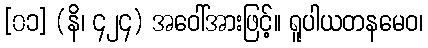
[၀၁] (နိ၊ ၄၂၄) အဝေါ်အားဖြင့်။ ရူပါယတနမေဝ၊